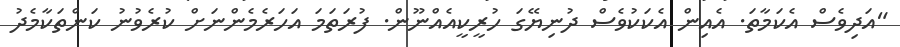
"އަދިވެސް އެކަމާތަ. އެއިން އެކަކުވެސް ދުނިޔޭގަ ހުރީކީއެއްނޫން. ފުރަތަމަ އަހަރެމެންނަށް ކުރެވުނު ކަންތަކާމެދު